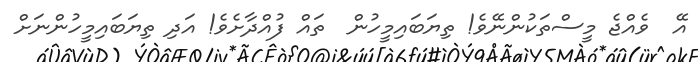
އޭ  ވެއްޖެ މީސްތަކުންނޭވެ! ތިޔަބައިމީހުން  ތައް ފުއްދާށެވެ! އަދި ތިޔަބައިމީހުންނަށް